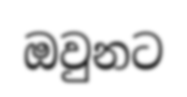
ඔවුනට